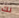
لك